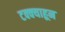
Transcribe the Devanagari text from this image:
टक्‍क्‍याहून